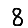
Digit: 8